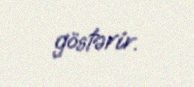
göstərir.